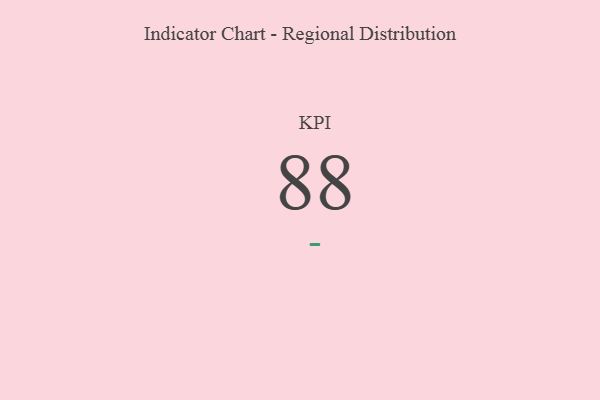
{"axis": {"x": "KPI", "y": "Value"}, "legend": [""], "data": [{"x": "KPI", "y": 88, "type": ""}]}